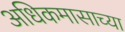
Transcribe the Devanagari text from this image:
अधिकमासाच्या